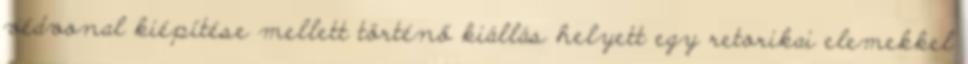
védvonal kiépítése mellett történő kiállás helyett egy retorikai elemekkel